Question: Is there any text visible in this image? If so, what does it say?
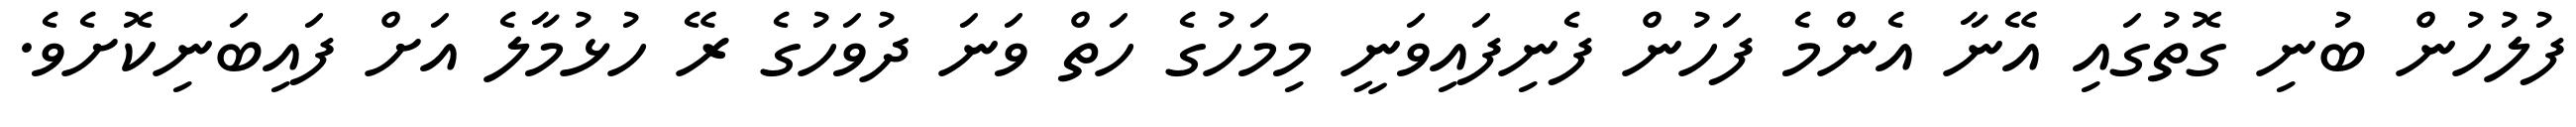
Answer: ފުލުހުން ބުނި ގޮތުގައި އޭނާ އެންމެ ފަހުން ފެނިފައިވަނީ މިމަހުގެ ހަތް ވަނަ ދުވަހުގެ ރޭ ހުޅުމާލެ އަށް ފައިބަނިކޮށެވެ.